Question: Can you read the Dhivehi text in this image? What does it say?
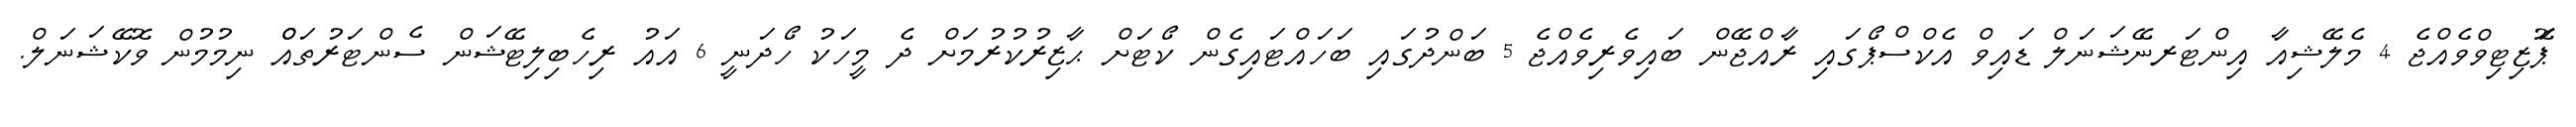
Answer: ޕަޮޒިޓިވްވެއްޖެ 4 މެލޭޝިއާ އިންޓަރނޭޝަނަލް ޑައިވް އެކްސްޕޯގައި ރާއްޖޭން ބައިވެރިވެއްޖެ 5 ބަންދުގައި ބަހައްޓައިގެން ކޯޓަށް ޙާޒިރުކުރުމަށް ދެ މީހަކު ހޯދަނީ 6 އައު ރިހެބިލިޓޭޝަން ސެންޓަރުތައްް ނިމުމުން ވޮކޭޝަނަލް.